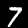
Digit: 7